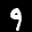
Label: 9